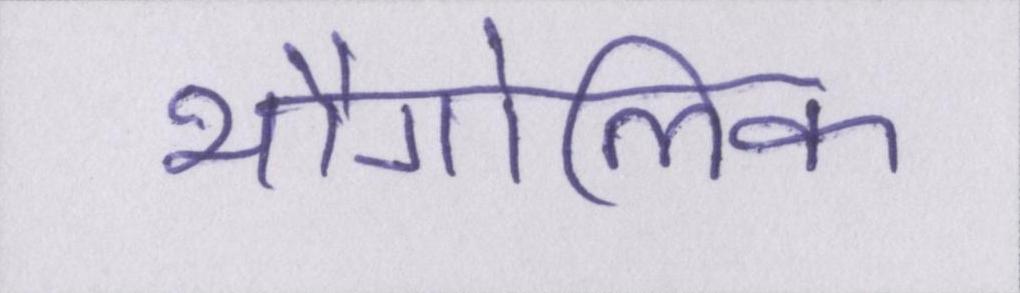
भौगोलिक